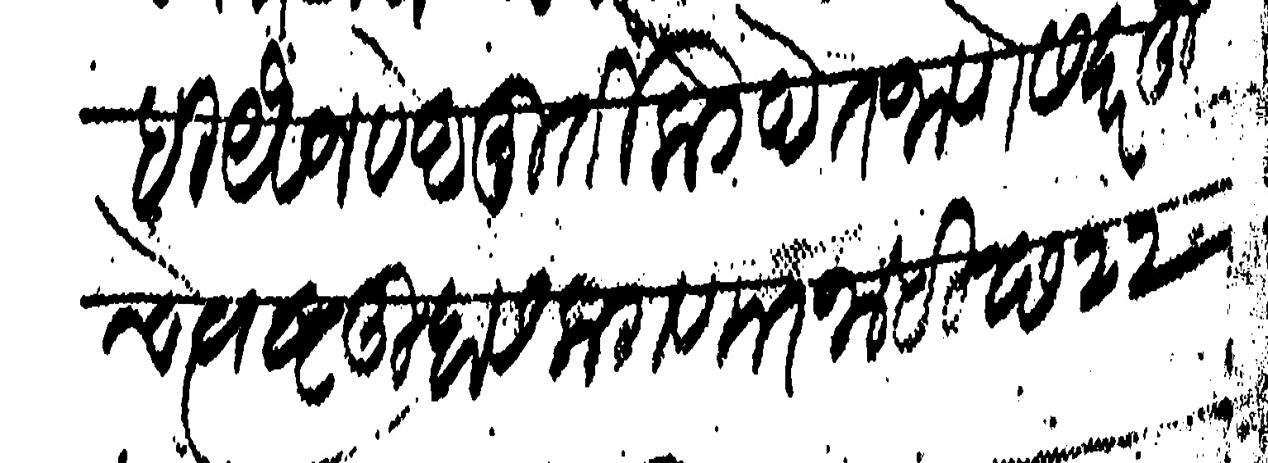
Transliteration (Devanagari): चाही यैवज वेदमूर्तीकडे देत जाणे सदर हूचे त्वष्ट तुम्हास लागणार नाही छ २२